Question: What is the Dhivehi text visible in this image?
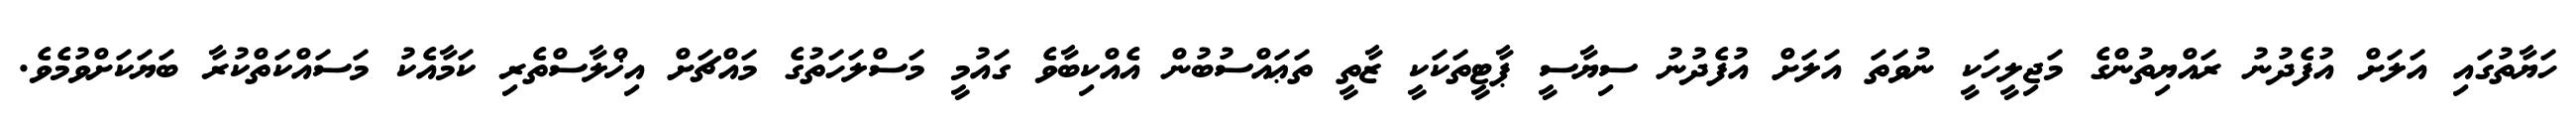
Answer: ހަޔާތުގައި އަލަށް އުފެދުނު ރައްޔިތުންގެ މަޖިލީހަކީ ނުވަތަ އަލަށް އުފެދުނު ސިޔާސީ ޕާޓީތަކަކީ ޒާތީ ތަޢައްސުބުން އެއްކިބާވެ ގައުމީ މަސްލަހަތުގެ މައްޗަށް އިޚްލާސްތެރި ކަމާއެކު މަސައްކަތްކުރާ ބަޔަކަށްވުމެވެ.